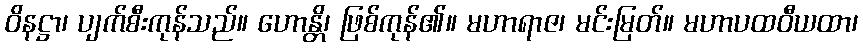
ဝိနဋ္ဌာ၊ ပျက်စီးကုန်သည်။ ဟောန္တိ၊ ဖြစ်ကုန်၏။ မဟာရာဇ၊ မင်းမြတ်။ မဟာပထဝီယထာ၊